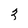
Character: 3